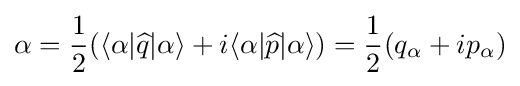
\alpha ={\frac {1}{2}}(\langle \alpha |{\widehat {q}}|\alpha \rangle +i\langle \alpha |{\widehat {p}}|\alpha \rangle )={\frac {1}{2}}(q_{\alpha }+ip_{\alpha })